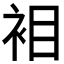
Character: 𮕲